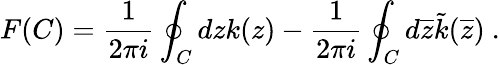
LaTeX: F(C)=\frac{1}{2\pi i}\oint_{C}dzk(z)-\frac{1}{2\pi i}\oint_{C}d\overline{{{z}}}\tilde{k}(\overline{{{z}}})\ .